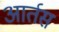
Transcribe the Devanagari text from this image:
आर्तस